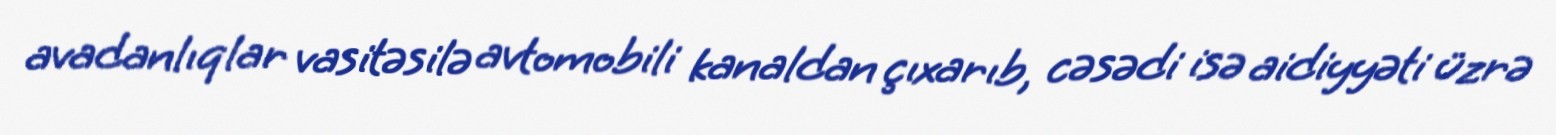
avadanlıqlar vasitəsilə avtomobili kanaldan çıxarıb, cəsədi isə aidiyyəti üzrə